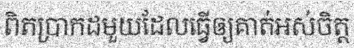
ពិតប្រាកដមួយដែលធ្វើឲ្យគាត់អស់ចិត្ត